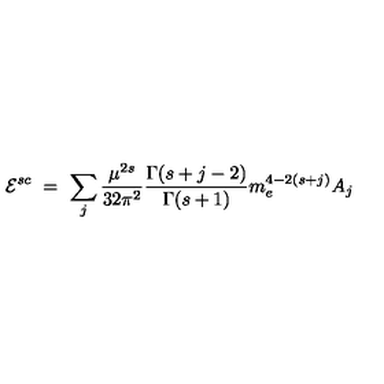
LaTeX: { \cal E } ^ { s c } \ = \ \sum _ { j } \frac { \mu ^ { 2 s } } { 3 2 \pi ^ { 2 } } \frac { \Gamma ( s + j - 2 ) } { \Gamma ( s + 1 ) } m _ { e } ^ { 4 - 2 ( s + j ) } A _ { j }